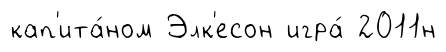
кап'ита́ном Элк'есон игра́ 2011н